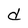
Character: d